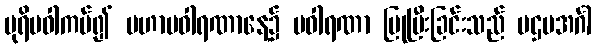
ပုရိမဝါကပ်၍ မဟာပဝါရဏာနေ့၌ ပဝါရဏာ ပြုပြီးခြင်းသည် ပဌမအင်္ဂါ